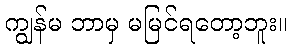
ကျွန်မ ဘာမှ မမြင်ရတော့ဘူး။